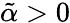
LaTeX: \tilde{\alpha}>0